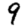
Digit: 9